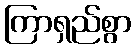
ကြာရှည်စွာ